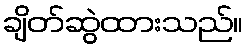
ချိတ်ဆွဲထားသည်။